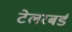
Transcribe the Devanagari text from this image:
टेलरबर्ड